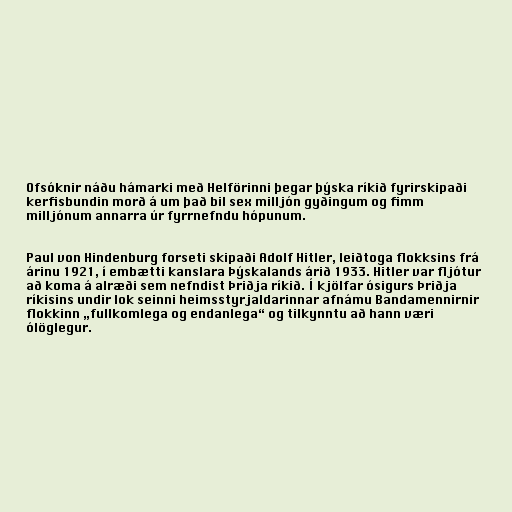
Ofsóknir náðu hámarki með Helförinni þegar þýska ríkið fyrirskipaði
kerfisbundin morð á um það bil sex milljón gyðingum og fimm
milljónum annarra úr fyrrnefndu hópunum.

Paul von Hindenburg forseti skipaði Adolf Hitler, leiðtoga flokksins frá
árinu 1921, í embætti kanslara Þýskalands árið 1933. Hitler var fljótur
að koma á alræði sem nefndist Þriðja ríkið. Í kjölfar ósigurs Þriðja
ríkisins undir lok seinni heimsstyrjaldarinnar afnámu Bandamennirnir
flokkinn „fullkomlega og endanlega“ og tilkynntu að hann væri
ólöglegur.